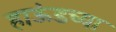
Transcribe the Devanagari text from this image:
हाऊंडच्या